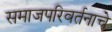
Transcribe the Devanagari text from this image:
समाजपरिवर्तनाचे